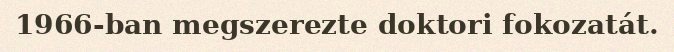
1966-ban megszerezte doktori fokozatát.